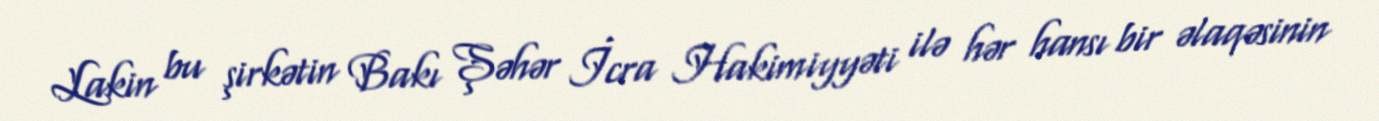
Lakin bu şirkətin Bakı Şəhər İcra Hakimiyyəti ilə hər hansı bir əlaqəsinin